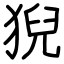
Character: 猊